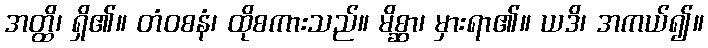
အတ္ထိ၊ ရှိ၏။ တံဝစနံ၊ ထိုစကားသည်။ မိစ္ဆာ၊ မှားရာ၏။ ယဒိ၊ အကယ်၍။